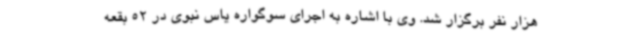
هزار نفر برگزار شد. وی با اشاره به اجرای سوگواره یاس نبوی در 52 بقعه